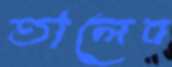
তালেব